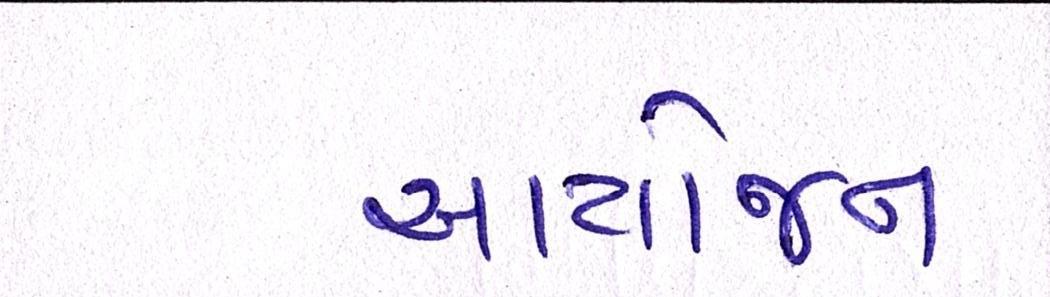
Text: આયોજન